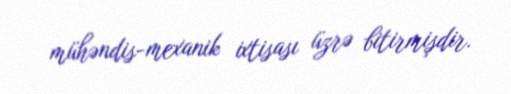
mühəndis-mexanik ixtisası üzrə bitirmişdir.